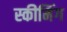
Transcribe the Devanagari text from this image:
स्कीमिंग